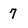
Character: 7